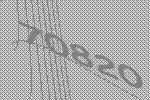
70820